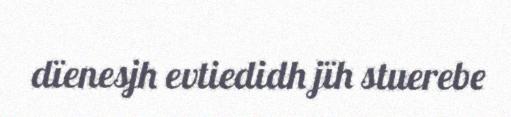
dïenesjh evtiedidh jïh stuerebe